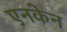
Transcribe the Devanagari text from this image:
एनकेन